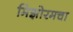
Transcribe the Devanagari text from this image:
मिझोरमचा